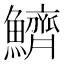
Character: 鱭